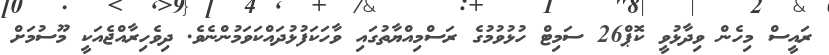
ރައީސް މިހެން ވިދާޅުވީ ކޮޕް26 ސަމިޓް ހުޅުވުމުގެ ރަސްމިއްޔާތުގައި ވާހަކަފުޅުދައްކަވަމުންނެވެ. ދިވެހިރާއްޖެއަކީ މޫސުމަށް